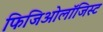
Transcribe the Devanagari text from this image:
फिजिओलॉजिस्ट